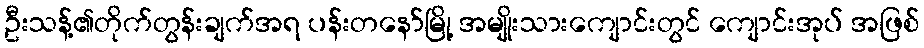
ဦးသန့်၏တိုက်တွန်းချက်အရ ပန်းတနော်မြို့ အမျိုးသားကျောင်းတွင် ကျောင်းအုပ် အဖြစ်